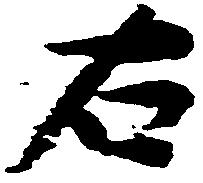
右